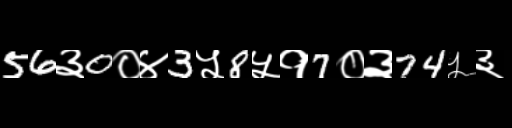
Text: 56३0०४3५8५१7०३74५३